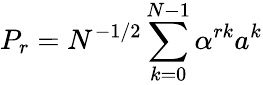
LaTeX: P_{r}=N^{-1/2}\sum_{k=0}^{N-1}\alpha^{rk}a^{k}